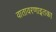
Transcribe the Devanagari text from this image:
वातावरणाइतका